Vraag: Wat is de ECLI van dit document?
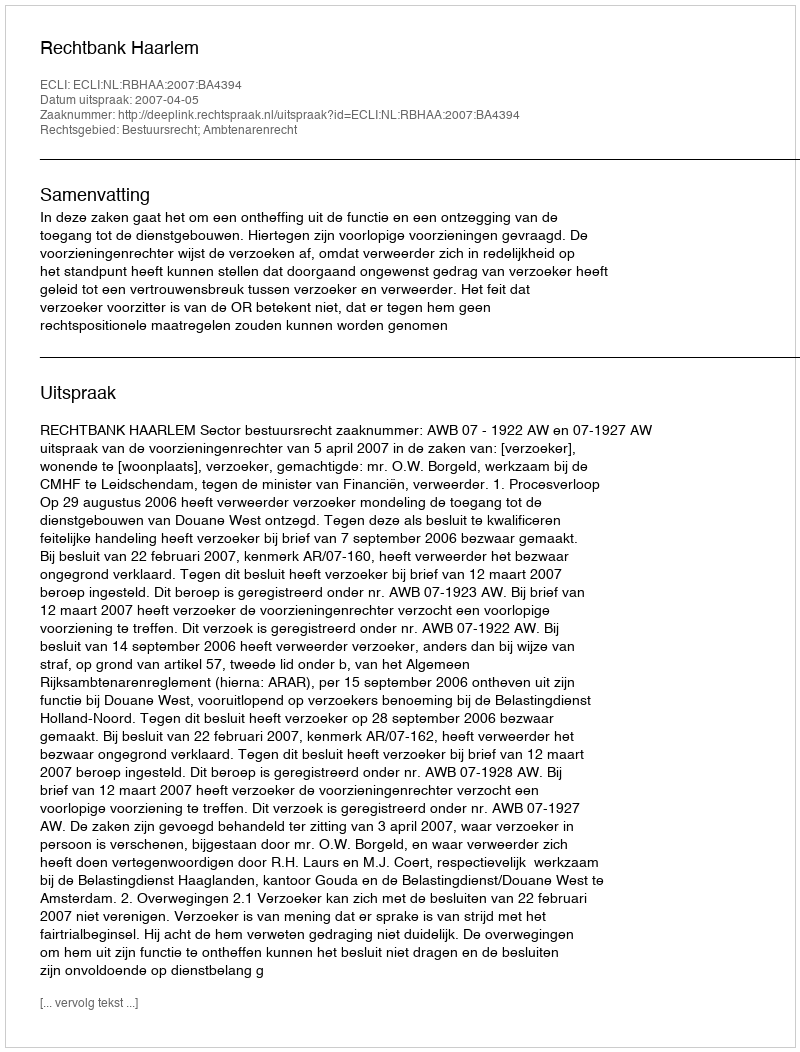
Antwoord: ECLI:NL:RBHAA:2007:BA4394